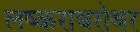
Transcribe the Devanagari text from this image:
लष्कराबरोबर